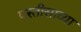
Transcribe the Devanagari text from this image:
पस्तीसाव्या